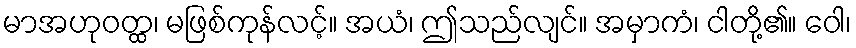
မာအဟုဝတ္ထ၊ မဖြစ်ကုန်လင့်။ အယံ၊ ဤသည်လျင်။ အမှာကံ၊ ငါတို့၏။ ဝေါ၊